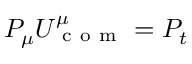
P _ { \mu } U _ { \mathrm { ~ c ~ o ~ m ~ } } ^ { \mu } = P _ { t }